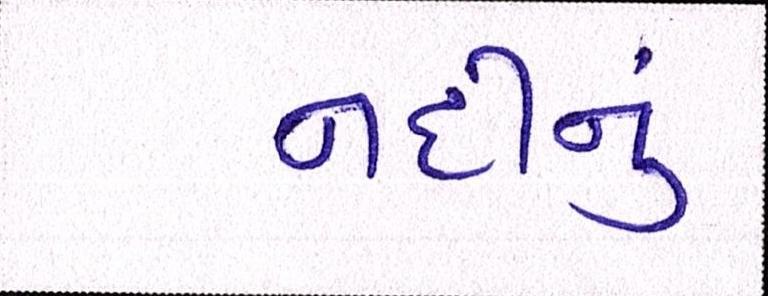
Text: નદીનું